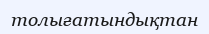
толығатындықтан